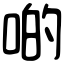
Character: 啲